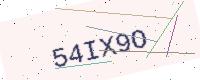
Text: 54IX9O